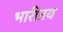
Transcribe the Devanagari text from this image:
भारीतय